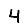
Digit: 4